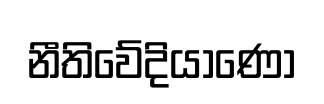
නීතිවේදියාණෝ